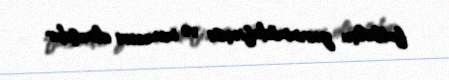
futbolçu yarımmüdafiəçisi və meneceri olmuşdur.